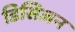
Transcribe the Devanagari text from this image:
डिसिजन